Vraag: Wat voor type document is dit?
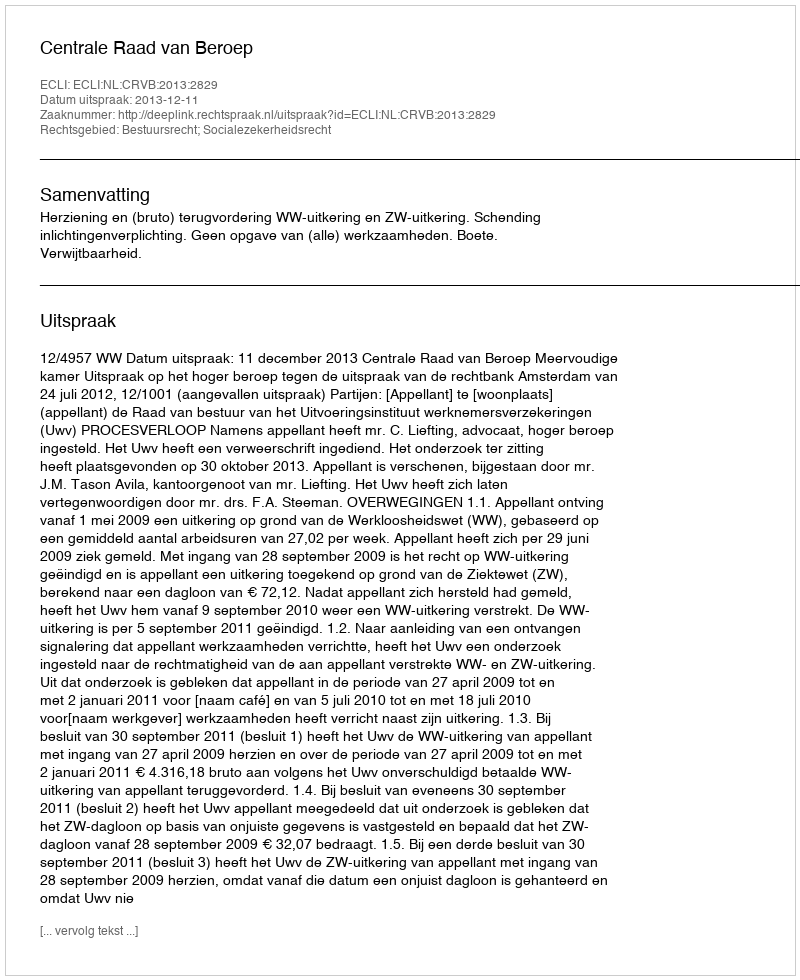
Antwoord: Uitspraak